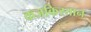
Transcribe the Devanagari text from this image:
कजकिस्तान